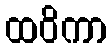
ထဝိကာ